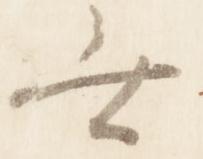
無